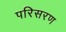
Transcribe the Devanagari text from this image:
परिसरण